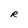
Character: R